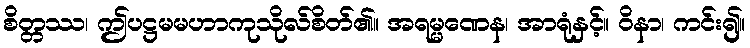
စိတ္တဿ၊ ဤပဋ္ဌမမဟာကုသိုလ်စိတ်၏။ အရမ္မဏေန၊ အာရုံနှင့်။ ဝိနာ၊ ကင်း၍။